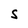
Character: S